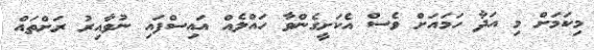
މިކަމަށް މި އަދާ ހަމައަށް ވެސް އެކަށީގެންވާ ހައްލެއް އައިސްފައި ނުވާއިރު ރަށްތައް